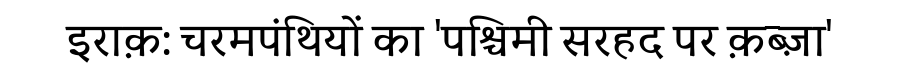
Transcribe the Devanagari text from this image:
इराक़: चरमपंथियों का 'पश्चिमी सरहद पर क़ब्ज़ा'